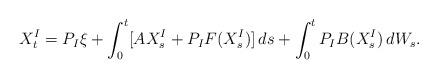
LaTeX: \begin{align*}X_t^{I} = P_{I} \xi + \int_0^t [ A X_s^{I} + P_{I}F( X_s^{I})] \, ds+\int_0^t P_{I} B ( X^{I}_s ) \, dW_s.\end{align*}